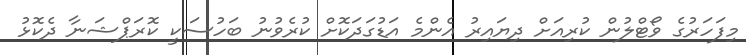
މިފަހަރުގެ ވޯޓްލުން ކުރިއަށް ދިޔައިރު އެންމެ އަޑުގަދަކޮށް ކުރެވުނު ބަހުސަކީ ކޮރަޕްޝަނާ ދެކޮޅު